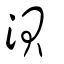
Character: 浿